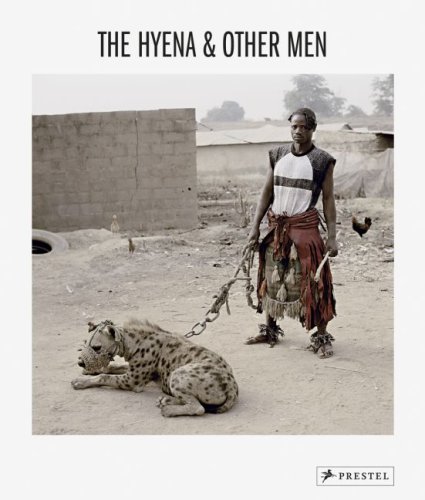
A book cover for The Hyena & Other Men; Travel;